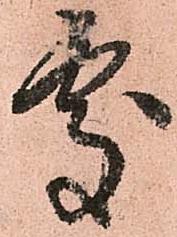
處